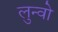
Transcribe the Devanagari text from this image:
लुन्वो